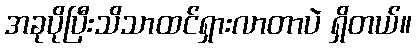
အခုပိုပြီးသိသာထင်ရှားလာတာပဲ ရှိတယ်။